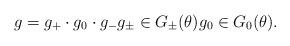
LaTeX: \begin{align*}g=g_+\cdot g_0\cdot g_- g_\pm\in G_\pm(\theta)g_0\in G_0(\theta).\end{align*}